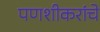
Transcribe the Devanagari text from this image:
पणशीकरांचे